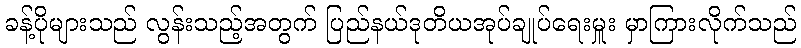
ခန့်ပိုများသည် လွန်းသည့်အတွက် ပြည်နယ်ဒုတိယအုပ်ချုပ်ရေးမှူး မှာကြားလိုက်သည်